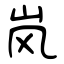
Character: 岚